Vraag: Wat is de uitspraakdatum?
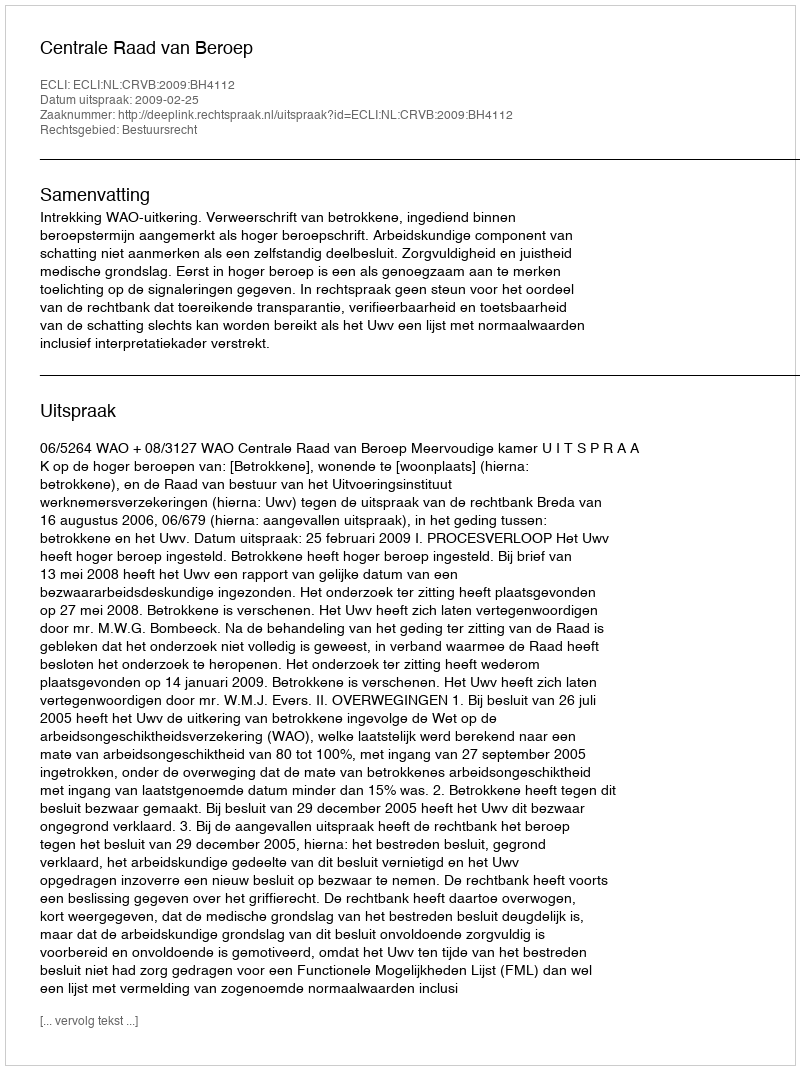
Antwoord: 2009-02-25